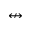
\nleftrightarrow